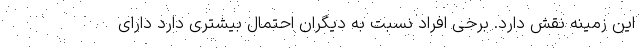
این زمینه نقش دارد. برخی افراد نسبت به دیگران احتمال بیشتری دارد دارای